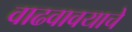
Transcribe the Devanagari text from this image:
वाढवावयाचे